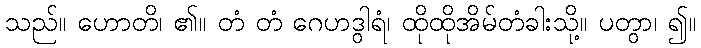
သည်။ ဟောတိ၊ ၏။ တံ တံ ဂေဟဒွါရံ၊ ထိုထိုအိမ်တံခါးသို့။ ပတွာ၊ ၍။